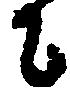
に